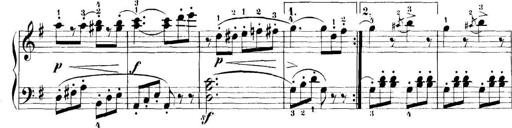
Title: 11 Sonatinas
Composer: Anton Diabelli